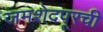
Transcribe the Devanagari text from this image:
जमशेदपूरची